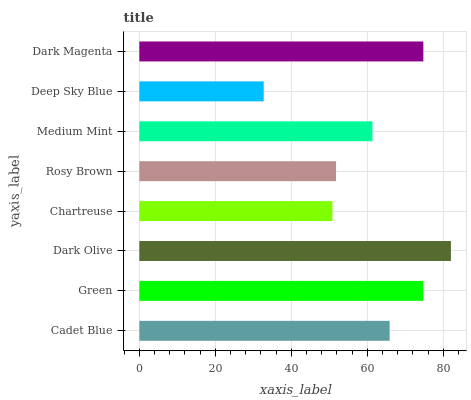
| yaxis_label | bars |
 | --- | --- |
 | Cadet Blue | 65.9 |
 | Green | 74.7 |
 | Dark Olive | 82 |
 | Chartreuse | 50.8 |
 | Rosy Brown | 51.8 |
 | Medium Mint | 61.4 |
 | Deep Sky Blue | 32.7 |
 | Dark Magenta | 74.8 |